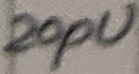
Text: 20pU